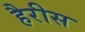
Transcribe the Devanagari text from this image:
हैरीस